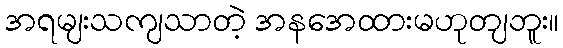
အရမျးသကျသာတဲ့ အနအေထားမဟုတျဘူး။